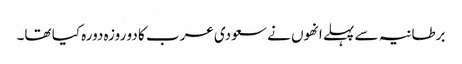
برطانیہ سے پہلے انھوں نے سعودی عرب کا دو روزہ دورہ کیا تھا۔